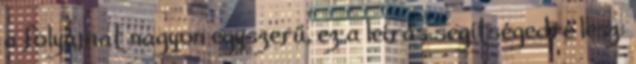
a folyamat nagyon egyszerű, ez a leírás segítségedre lesz: